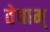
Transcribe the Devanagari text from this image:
तेषाम्